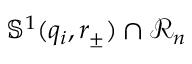
\mathbb { S } ^ { 1 } ( q _ { i } , r _ { \pm } ) \cap \mathscr { R } _ { n }